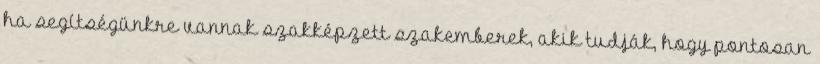
ha segítségünkre vannak szakképzett szakemberek, akik tudják, hogy pontosan